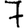
Digit: 7